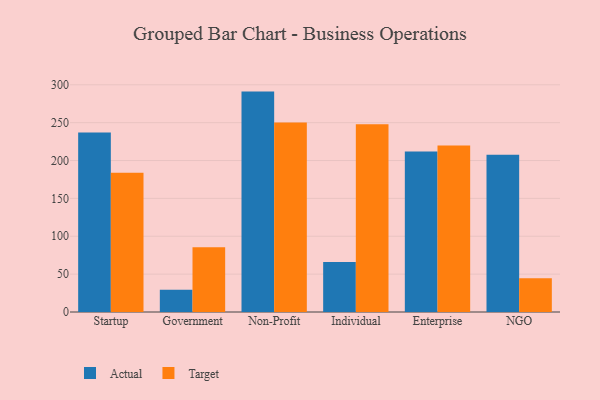
{"axis": {"x": "Segment", "y": "Customer Acquisition Cost (USD)"}, "legend": ["Actual", "Target"], "data": [{"x": "Startup", "y": 237.0, "type": "Actual"}, {"x": "Startup", "y": 183.9, "type": "Target"}, {"x": "Government", "y": 29.3, "type": "Actual"}, {"x": "Government", "y": 85.6, "type": "Target"}, {"x": "Non-Profit", "y": 291.0, "type": "Actual"}, {"x": "Non-Profit", "y": 250.3, "type": "Target"}, {"x": "Individual", "y": 66.1, "type": "Actual"}, {"x": "Individual", "y": 247.8, "type": "Target"}, {"x": "Enterprise", "y": 211.9, "type": "Actual"}, {"x": "Enterprise", "y": 219.8, "type": "Target"}, {"x": "NGO", "y": 207.7, "type": "Actual"}, {"x": "NGO", "y": 44.6, "type": "Target"}]}